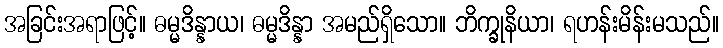
အခြင်းအရာဖြင့်။ ဓမ္မဒိန္နာယ၊ ဓမ္မဒိန္နာ အမည်ရှိသော။ ဘိက္ခုနိယာ၊ ရဟန်းမိန်းမသည်။